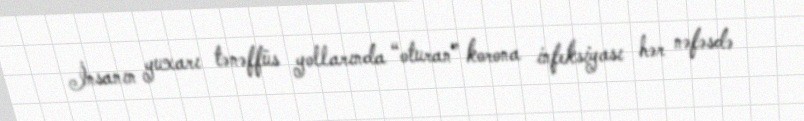
İnsanın yuxarı tənəffüs yollarında “oturan” korona infeksiyası hər nəfəsdə